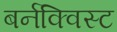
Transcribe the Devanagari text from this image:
बर्नक्विस्ट